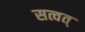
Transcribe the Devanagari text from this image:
सत्वत्